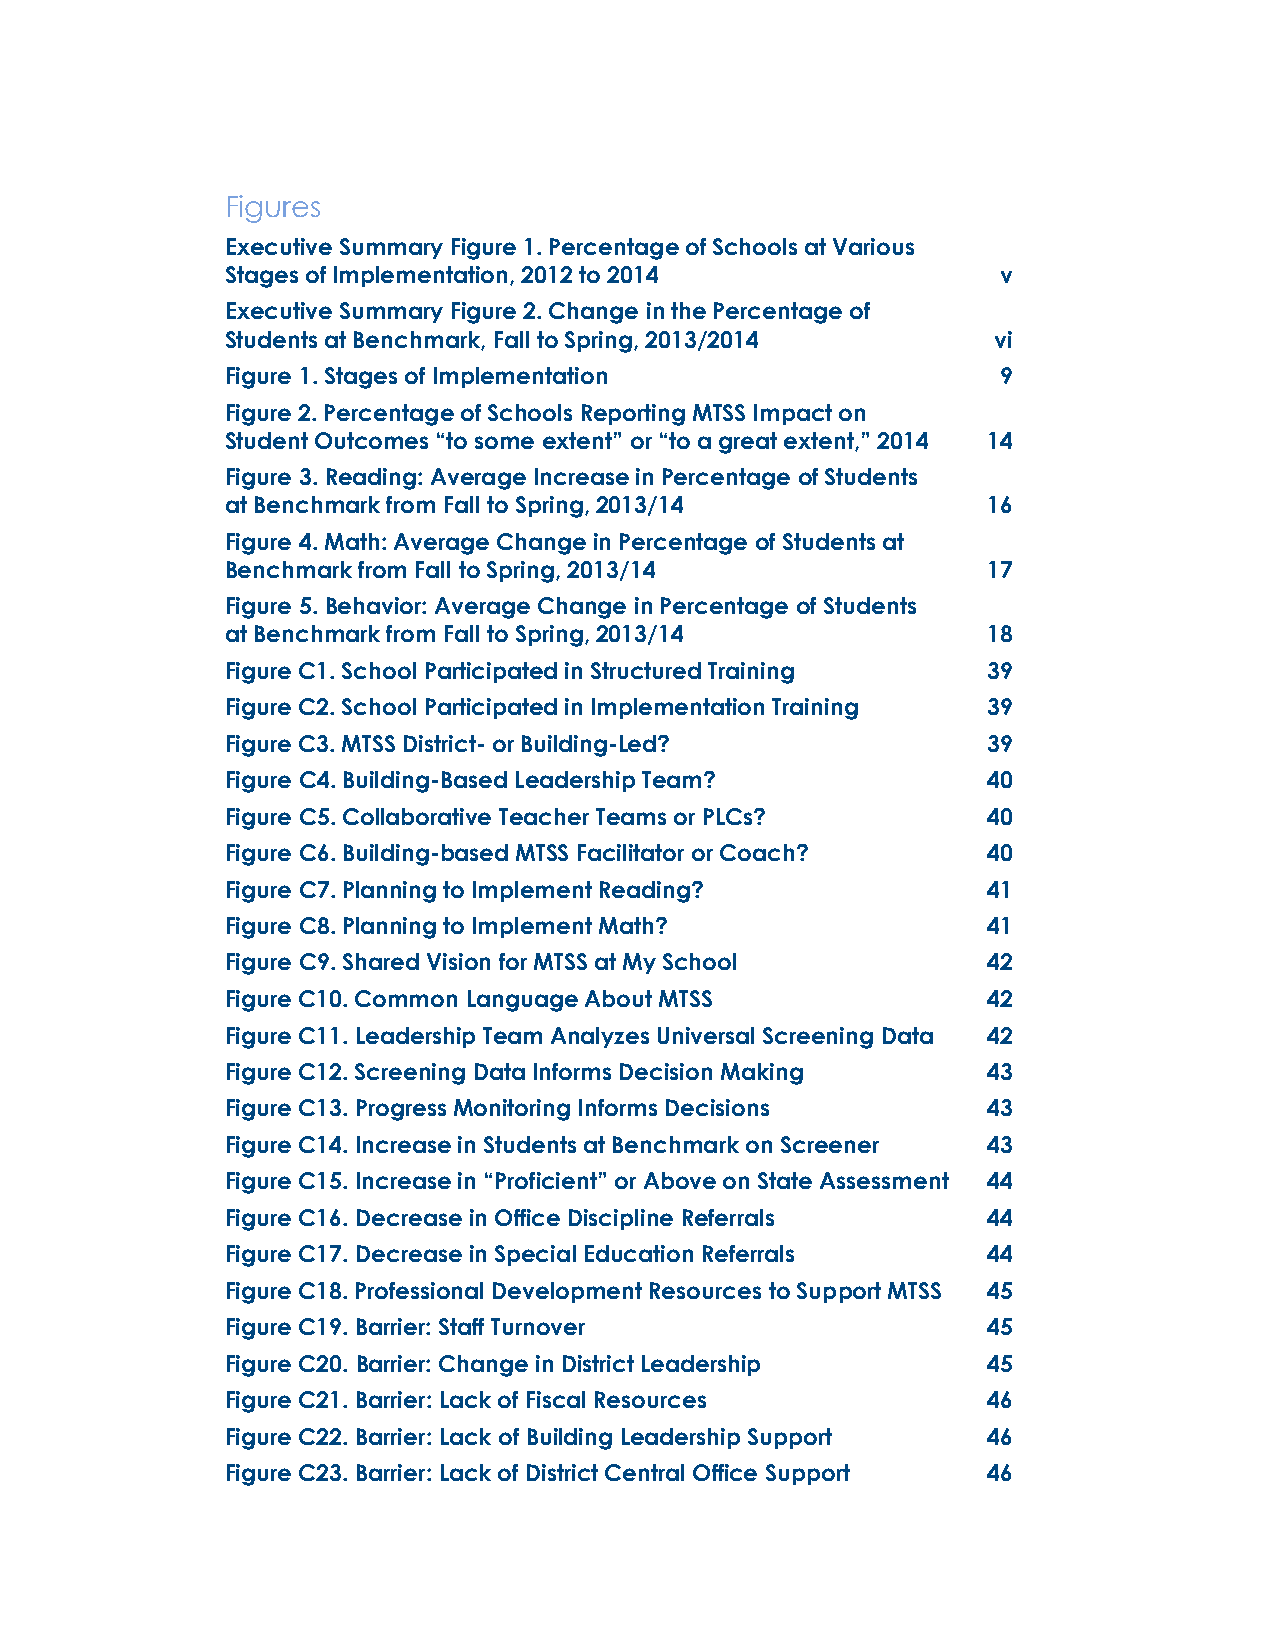
Figures
 Executive Summary Figure 1. Percentage of Schools at Various
 Stages of Implementation, 2012 to 2014             v
 Executive Summary Figure 2. Change in the Percentage of
 Students at Benchmark, Fall to Spring, 2013/2014   vi
 Figure 1. Stages of Implementation                 9
 Figure 2. Percentage of Schools Reporting MTSS Impact on
 Student Outcomes “to some extent” or “to a great extent,” 2014 14
 Figure 3. Reading: Average Increase in Percentage of Students
 at Benchmark from Fall to Spring, 2013/14         16
 Figure 4. Math: Average Change in Percentage of Students at
 Benchmark from Fall to Spring, 2013/14            17
 Figure 5. Behavior: Average Change in Percentage of Students
 at Benchmark from Fall to Spring, 2013/14         18
 Figure C1. School Participated in Structured Training 39
 Figure C2. School Participated in Implementation Training 39
 Figure C3. MTSS District- or Building-Led?        39
 Figure C4. Building-Based Leadership Team?        40
 Figure C5. Collaborative Teacher Teams or PLCs?   40
 Figure C6. Building-based MTSS Facilitator or Coach? 40
 Figure C7. Planning to Implement Reading?         41
 Figure C8. Planning to Implement Math?            41
 Figure C9. Shared Vision for MTSS at My School    42
 Figure C10. Common Language About MTSS            42
 Figure C11. Leadership Team Analyzes Universal Screening Data 42
 Figure C12. Screening Data Informs Decision Making 43
 Figure C13. Progress Monitoring Informs Decisions 43
 Figure C14. Increase in Students at Benchmark on Screener 43
 Figure C15. Increase in “Proficient” or Above on State Assessment 44
 Figure C16. Decrease in Office Discipline Referrals 44
 Figure C17. Decrease in Special Education Referrals 44
 Figure C18. Professional Development Resources to Support MTSS 45
 Figure C19. Barrier: Staff Turnover               45
 Figure C20. Barrier: Change in District Leadership 45
 Figure C21. Barrier: Lack of Fiscal Resources     46
 Figure C22. Barrier: Lack of Building Leadership Support 46
 Figure C23. Barrier: Lack of District Central Office Support 46